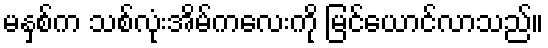
မနှစ်က သစ်လုံးအိမ်ကလေးကို မြင်ယောင်လာသည်။